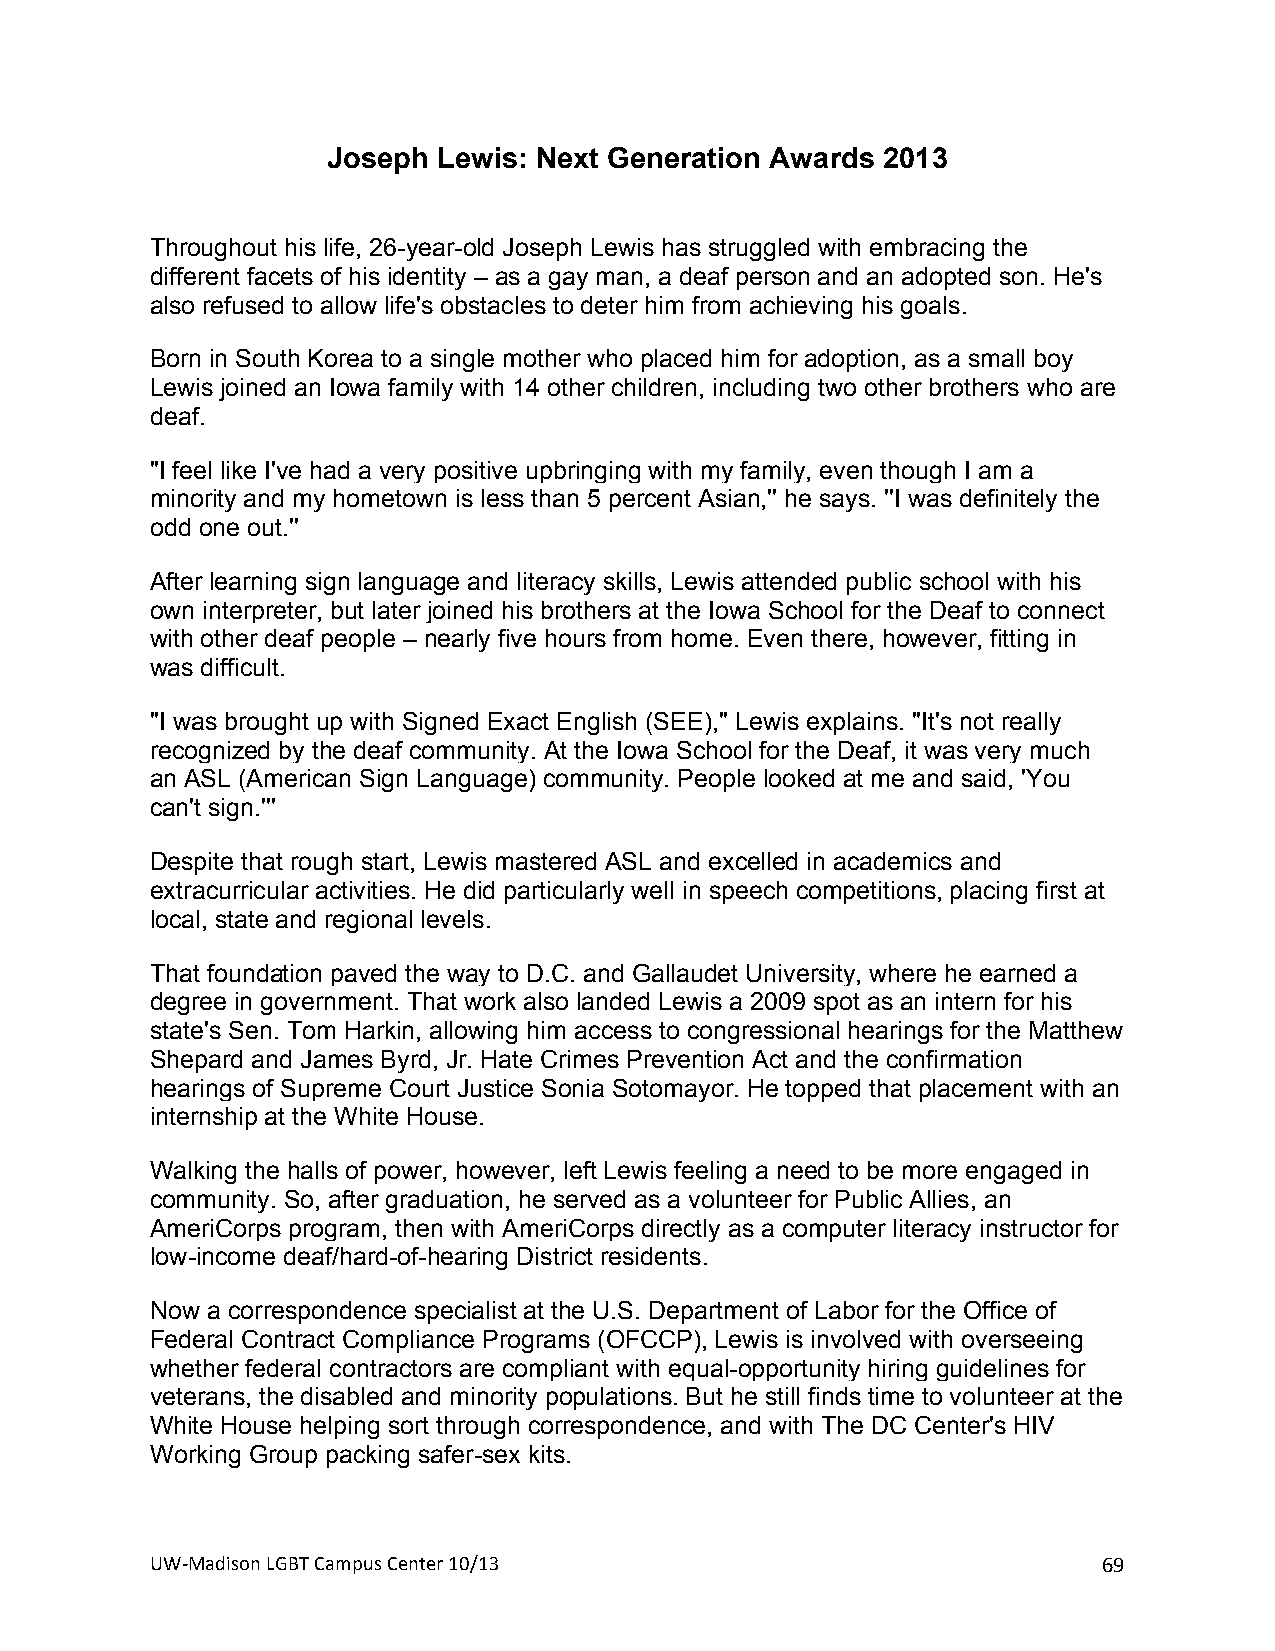
Joseph Lewis: Next Generation Awards 2013
 Throughout his life, 26-year-old Joseph Lewis has struggled with embracing the
 different facets of his identity – as a gay man, a deaf person and an adopted son. He's
 also refused to allow life's obstacles to deter him from achieving his goals.
 Born in South Korea to a single mother who placed him for adoption, as a small boy
 Lewis joined an Iowa family with 14 other children, including two other brothers who are
 deaf.
 ''I feel like I've had a very positive upbringing with my family, even though I am a
 minority and my hometown is less than 5 percent Asian,'' he says. ''I was definitely the
 odd one out.''
 After learning sign language and literacy skills, Lewis attended public school with his
 own interpreter, but later joined his brothers at the Iowa School for the Deaf to connect
 with other deaf people – nearly five hours from home. Even there, however, fitting in
 was difficult.
 ''I was brought up with Signed Exact English (SEE),'' Lewis explains. ''It's not really
 recognized by the deaf community. At the Iowa School for the Deaf, it was very much
 an ASL (American Sign Language) community. People looked at me and said, 'You
 can't sign.'''
 Despite that rough start, Lewis mastered ASL and excelled in academics and
 extracurricular activities. He did particularly well in speech competitions, placing first at
 local, state and regional levels.
 That foundation paved the way to D.C. and Gallaudet University, where he earned a
 degree in government. That work also landed Lewis a 2009 spot as an intern for his
 state's Sen. Tom Harkin, allowing him access to congressional hearings for the Matthew
 Shepard and James Byrd, Jr. Hate Crimes Prevention Act and the confirmation
 hearings of Supreme Court Justice Sonia Sotomayor. He topped that placement with an
 internship at the White House.
 Walking the halls of power, however, left Lewis feeling a need to be more engaged in
 community. So, after graduation, he served as a volunteer for Public Allies, an
 AmeriCorps program, then with AmeriCorps directly as a computer literacy instructor for
 low-income deaf/hard-of-hearing District residents.
 Now a correspondence specialist at the U.S. Department of Labor for the Office of
 Federal Contract Compliance Programs (OFCCP), Lewis is involved with overseeing
 whether federal contractors are compliant with equal-opportunity hiring guidelines for
 veterans, the disabled and minority populations. But he still finds time to volunteer at the
 White House helping sort through correspondence, and with The DC Center's HIV
 Working Group packing safer-sex kits.
 UW#Madison+LGBT+Campus+Center+10/13+                           69+